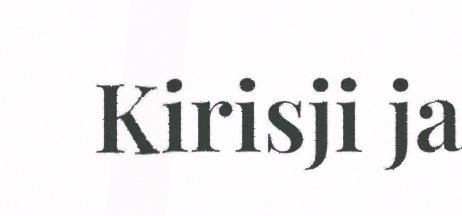
Kirisji ja